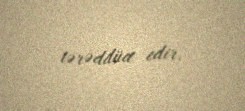
tərəddüd edir.